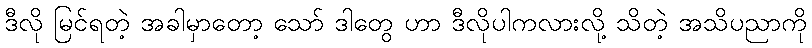
ဒီလို မြင်ရတဲ့ အခါမှာတော့ သော် ဒါတွေ ဟာ ဒီလိုပါကလားလို့ သိတဲ့ အသိပညာကို